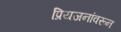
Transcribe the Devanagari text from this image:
प्रियजनांवरून